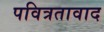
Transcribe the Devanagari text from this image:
पवित्रतावाद